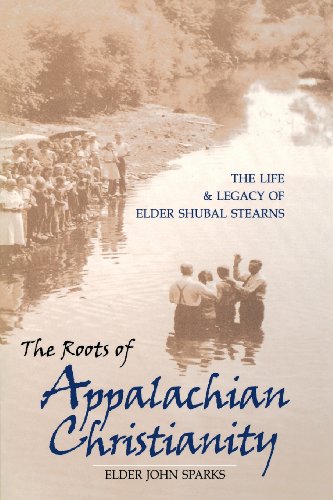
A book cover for The Roots of Appalachian Christianity: The Life and Legacy of Elder Shubal Stearns (Religion In The South); Elder Sparks; Christian Books & Bibles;